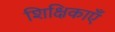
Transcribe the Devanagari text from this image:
शिक्षिकाएँ